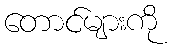
တောင်များကို